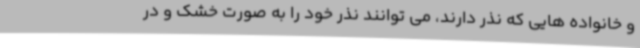
و خانواده هایی که نذر دارند، می توانند نذر خود را به صورت خشک و در